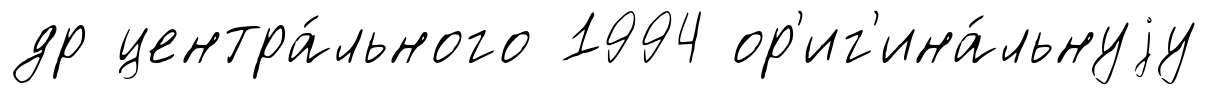
др центра́льного 1994 ор'иг'ина́льнуjу